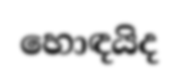
හොඳයිද